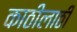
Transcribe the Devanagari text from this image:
काठीलाठी